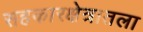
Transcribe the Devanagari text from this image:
सहकारक्षेत्रातला